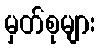
မှတ်စုများ